Civil Veterinary Department Bengal reports 1933-51 - 1933-1951
Year: 1933
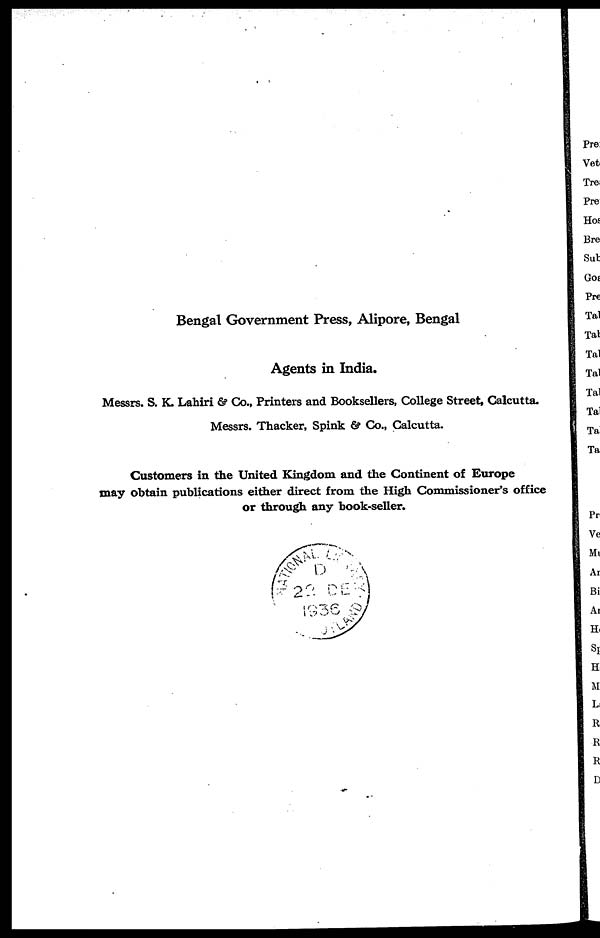
Bengal Government Press, Alipore, Bengal
Agents in India.
Messrs. S. K. Lahiri & Co., Printers and Booksellers, College Street, Calcutta.
Messrs. Thacker, Spink & Co., Calcutta.
Customers in the United Kingdom and the Continent of Europe
may obtain publications either direct from the High Commissioner's office
or through any book-seller.